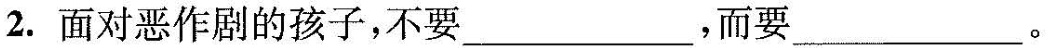
2.面对恶作剧的孩子，不要___,而要___。